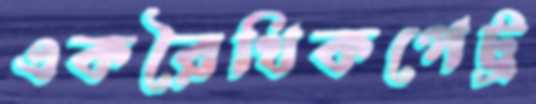
একরৈখিকপেট্র